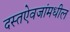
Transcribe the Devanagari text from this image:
दस्तऐवजांमधील